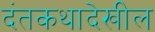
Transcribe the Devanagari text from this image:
दंतकथादेखील